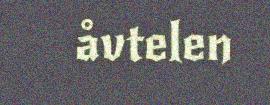
åvtelen